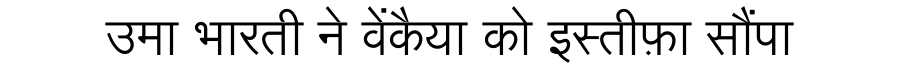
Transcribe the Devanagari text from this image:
उमा भारती ने वेंकैया को इस्तीफ़ा सौंपा